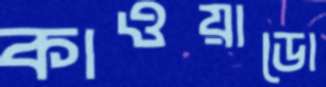
কাওয়াডো